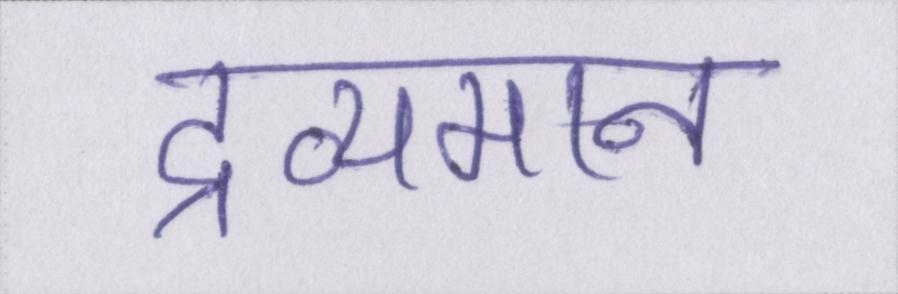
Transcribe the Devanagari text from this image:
द्रव्यमान